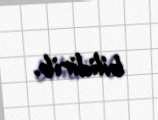
bilidirib.